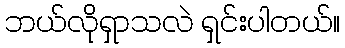
ဘယ်လိုရှာသလဲ ရှင်းပါတယ်။